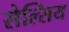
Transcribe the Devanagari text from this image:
सेल्सिय